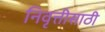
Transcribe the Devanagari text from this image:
निवृत्तीसाठी